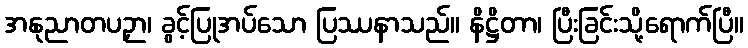
အနုညာတပဉှာ၊ ခွင့်ပြုအပ်သော ပြဿနာသည်။ နိဋ္ဌိတာ၊ ပြီးခြင်းသို့ရောက်ပြီ။